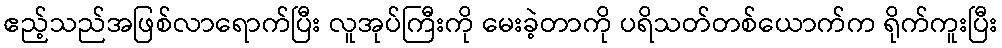
ဧည့်သည်အဖြစ်လာရောက်ပြီး လူအုပ်ကြီးကို မေးခဲ့တာကို ပရိသတ်တစ်ယောက်က ရိုက်ကူးပြီး